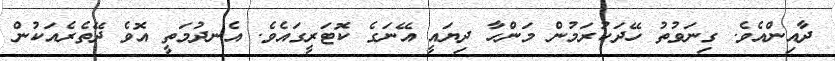
ދާއިންއެވެ. ގިނަވުތު ހޭދަކުރަމުން މަންހާ ދިޔައީ އޭނަގެ ކޮޓަރީގައެވެ. އެނދުމަތީ އޮވެ ދޭތެރެއަކުން